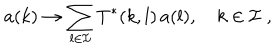
a ( k ) \to \sum _ { l \in { \cal I } } T ^ { * } ( k , l ) \, a ( l ) , \quad k \in { \cal I } \; ,